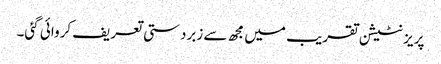
پریزنٹیشن تقریب میں مجھ سے زبردستی تعریف کروائی گئی۔